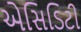
એસિડિટી